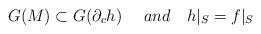
LaTeX: \begin{align*}G(M)\subset G(\partial_c h)\ \ \ \ and \ \ \ h|_S=f|_S\end{align*}